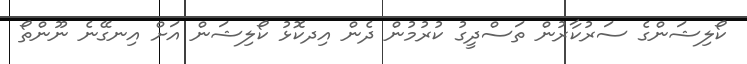
ކޯލިޝަންގެ ސަރުކާރުން ތަސްދީގު ކުރުމުން ދެން އިދކޮޅު ކޯލިޝަން އަށް އިނގޭނެ ނޫންތޯ